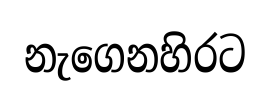
නැගෙනහිරට